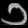
Digit: ၁